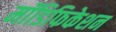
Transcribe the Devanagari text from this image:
मॉडिफिकेशन